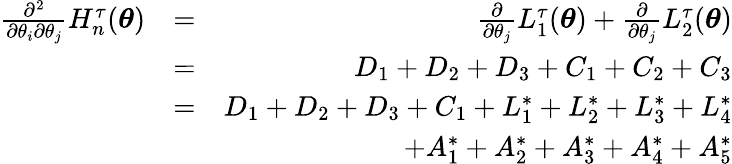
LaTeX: \begin{array}{rlr}{\frac{\partial^{2}}{\partial\theta_{i}\partial\theta_{j}}H_{n}^{\tau}(\boldsymbol{\theta})}&{=}&{\frac{\partial}{\partial\theta_{j}}L_{1}^{\tau}(\boldsymbol{\theta})+\frac{\partial}{\partial\theta_{j}}L_{2}^{\tau}(\boldsymbol{\theta})}\\ &{=}&{D_{1}+D_{2}+D_{3}+C_{1}+C_{2}+C_{3}}\\ &{=}&{D_{1}+D_{2}+D_{3}+C_{1}+L_{1}^{\ast}+L_{2}^{\ast}+L_{3}^{\ast}+L_{4}^{\ast}}\\ &{}&{+A_{1}^{\ast}+A_{2}^{\ast}+A_{3}^{\ast}+A_{4}^{\ast}+A_{5}^{\ast}}\end{array}